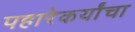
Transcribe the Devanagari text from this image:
पहारेकर्यांचा